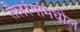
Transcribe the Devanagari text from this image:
तैलरंगांमधील